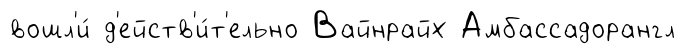
вошл'и́ д'ейств'и́т'ельно Вайнрайх Амбассадорангл